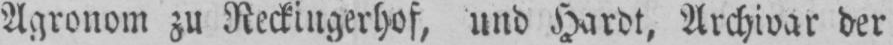
Agronom zu Reckingerhof, und Hardt. Archivar der